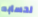
لحسابه